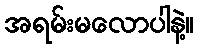
အရမ်းမလောပါနဲ့။